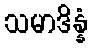
သမာဒိန္နံ